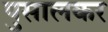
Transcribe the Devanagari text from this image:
पुसालकर